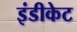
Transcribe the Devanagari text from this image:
इंडीकेट